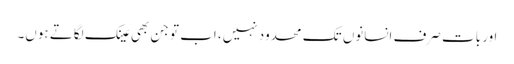
اور بات صرف انسانوں تک محدود نہیں، اب تو جن بھی عینک لگاتے ہوں۔